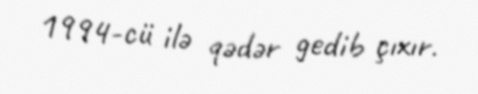
1994-cü ilə qədər gedib çıxır.